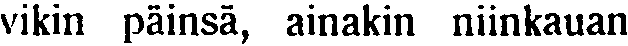
vikin päinsä, ainakin niinkauan